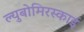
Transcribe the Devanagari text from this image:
ल्युबोमिरस्काई